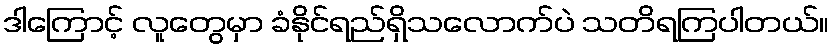
ဒါကြောင့် လူတွေမှာ ခံနိုင်ရည်ရှိသလောက်ပဲ သတိရကြပါတယ်။